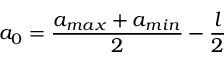
a _ { 0 } = \frac { a _ { m a x } + a _ { m i n } } { 2 } - \frac { l } { 2 }